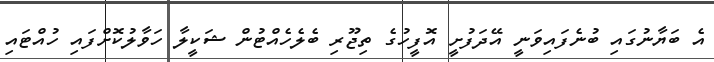
އެ ބަޔާނުގައި ބުނެފައިވަނީ އޭދަފުށީ އޮފީހުގެ ތިޖޫރި ބެލެހެއްޓުން ޝަކީލާ ހަވާލުކޮށްފައި ހުއްޓައި